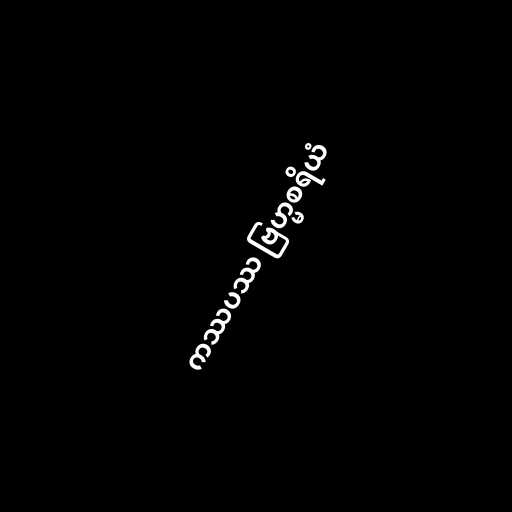
ကဿပဿ ဗြဟ္မစရိယံ